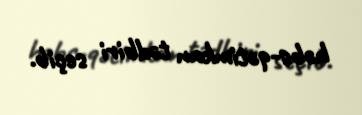
həbs-qətimkan tədbiri seçib.